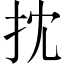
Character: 抌